Vaccination in Bombay 1869-1873 - 1869-1873
Year: 1869
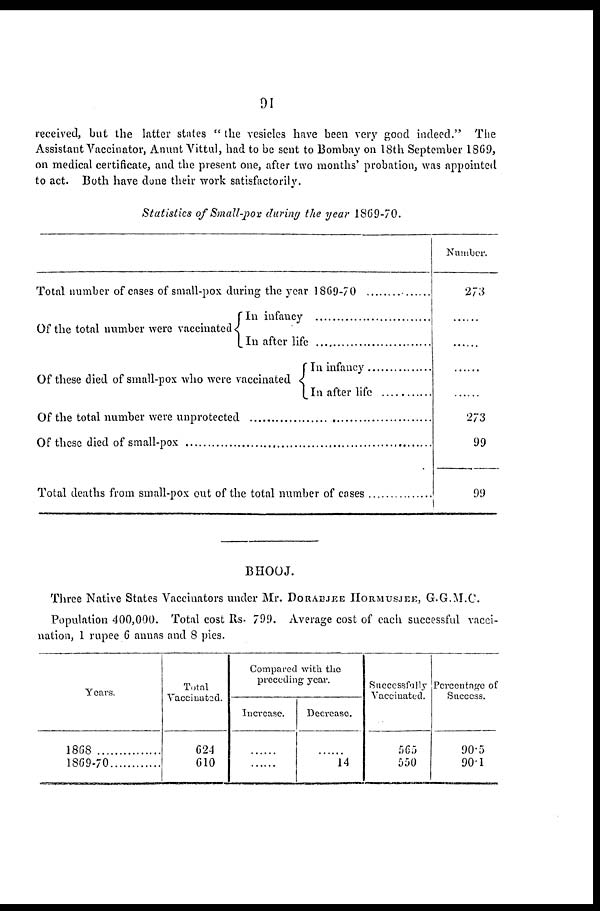
91
received, but the latter states " the vesicles have been very good indeed." The
Assistant Vaccinator, Anunt Vittul, had to be sent to Bombay on 18th September 1869,
on medical certificate, and the present one, after two months' probation, was appointed
to act. Both have done their work satisfactorily.
Statistics of Small-pox during the year 1869-70.
Total number of cases of small-pox during the year 1869-70
..................
Of the total number were vaccinated
In infancy
........................
In after life
........................
Of these died of small-pox who were vaccinated
In infancy ............
In after life ............
Total number of cases of small-pox during the year 1869-70 ...............
Of the total number were unprotected .......................................
Total deaths from small-pox out of the total number of cases ...............
Number.
273
......
......
......
......
273
99
99
BHOOJ.
Three Native States Vaccinators under Mr. DORABJEE HORMUSJEE, G.G.M.C.
Population 400,000. Total cost Rs. 799. Average cost of each successful vacci-
nation, 1 rupee 6 annas and 8 pies.
Years.
1868
...............
1869-70............
Total
Vaccinated.
624
610
Compared with the
preceding year.
Increase.
......
......
Decrease.
......
14
Successfully
Vaccinated.
565
550
Percentage of
Success.
90.5
90.1